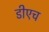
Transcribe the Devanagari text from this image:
डीएच